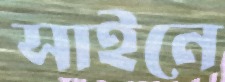
সাইনে